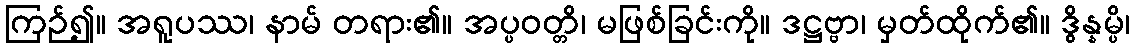
ကြဉ်၍။ အရူပဿ၊ နာမ် တရား၏။ အပ္ပဝတ္တိ၊ မဖြစ်ခြင်းကို။ ဒဋ္ဌဗ္ဗာ၊ မှတ်ထိုက်၏။ ဒွိန္နမ္ပိ၊